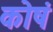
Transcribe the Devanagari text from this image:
कोषं